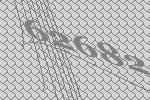
62682